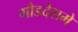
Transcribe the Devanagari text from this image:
गौडदेशमे